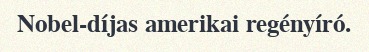
Nobel-díjas amerikai regényíró.